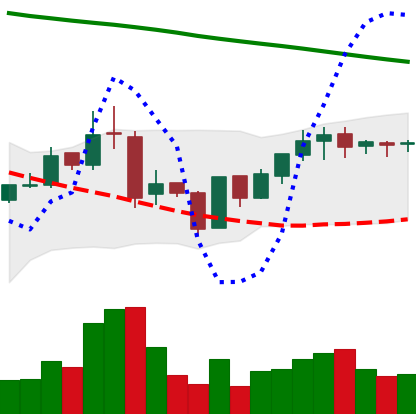
Ticker: BNB-USD
Chart end date: 2019-01-23
Forward return: -5.125%
Label: down_5_7